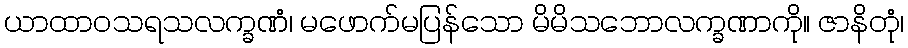
ယာထာဝသရသလက္ခဏံ၊ မဖောက်မပြန်သော မိမိသဘောလက္ခဏာကို။ ဇာနိတုံ၊